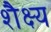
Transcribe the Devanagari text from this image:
शैक्ष्य